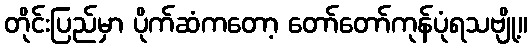
တိုင်းပြည်မှာ ပိုက်ဆံကတော့ တော်တော်ကုန်ပုံရသဗျို့။